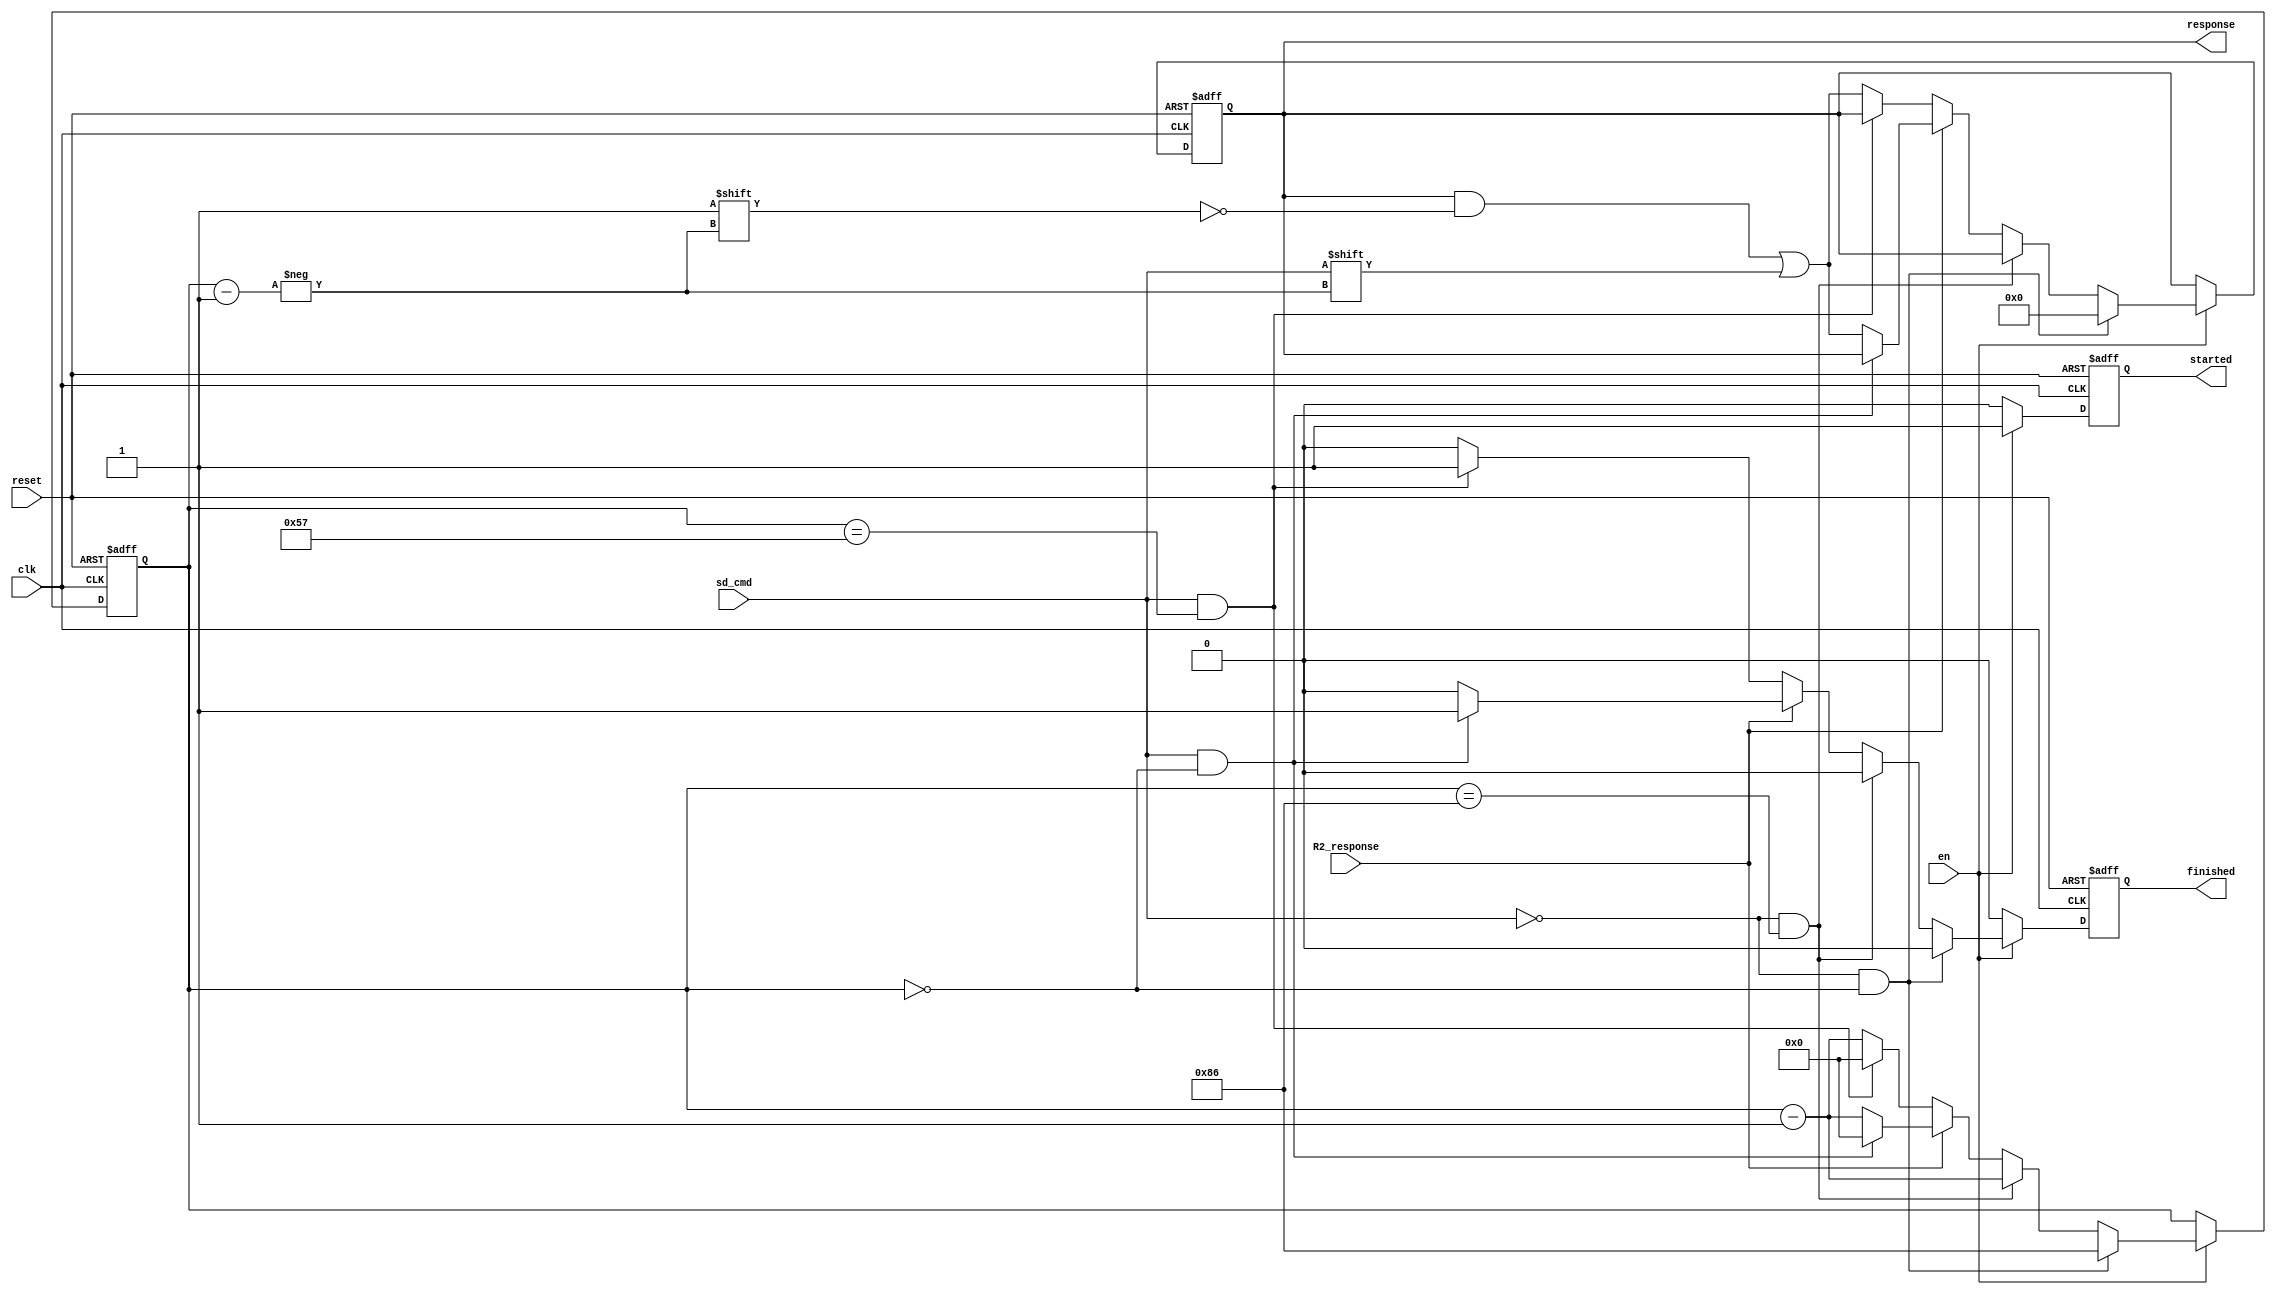
module sd_resp_rx(clk, reset, en, R2_response, sd_cmd, response, finished, started);
    input clk, reset, en, sd_cmd, R2_response;
    output reg [133:1] response;
    output reg finished, started;

    reg [7:0] index;

    always @(posedge clk, posedge reset) begin
        if (reset) begin
            response <= 132'b0;
            index    <= 8'b0;
            finished <= 1'b0;
            started  <= 1'b0;
        end
        else begin
            // process bits if enabled
            if (en) begin
                // // wait until sending
                // if (sd_cmd === 1'bz) begin
                //     response <= response;
                //     index    <= index;
                //     finished <= 1'b0;
                //     started  <= 1'b0;
                // end
                // process start bit
                if (sd_cmd == 1'b0 && index == 8'd0) begin
                    response <= 132'b0; // reset response
                    index    <= 8'd134;
                    finished <= 1'b0;
                    started  <= 1'b1;
                end
                // process transmission bit
                else if (sd_cmd == 1'b0 && index == 8'd134) begin
                    response <= response; // don't add transmission bit
                    index    <= index - 1'b1;
                    finished <= 1'b0;
                    started  <= 1'b1;
                end
                else begin
                    if (R2_response) begin
                        // process stop bit
                        if (sd_cmd == 1'b1 && index == 8'd0) begin
                            response <= response;
                            index    <= 8'd0;
                            finished <= 1'b1;
                            started  <= 1'b1;
                        end
                        // process internal data
                        else begin
                            response[index] <= sd_cmd;
                            index                <= index - 1'b1;
                            finished             <= 1'b0;
                            started              <= 1'b1;
                        end
                    end
                    // not R2 response
                    else begin
                        // process stop bit
                        if (sd_cmd == 1'b1 && index == 8'd87) begin
                            response <= response;
                            index    <= 8'd0;
                            finished <= 1'b1;
                            started  <= 1'b1;
                        end
                        // process internal data
                        else begin
                            response[index] <= sd_cmd;
                            index                <= index - 1'b1;
                            finished             <= 1'b0;
                            started              <= 1'b1;
                        end
                    end
                end
            end
            // not enabled
            else begin
                response <= response;
                index    <= index;
                finished <= 1'b0;
                started  <= 1'b0;
            end
        end
    end

endmodule